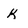
Character: k